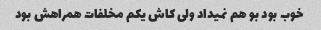
خوب بود بو هم نمیداد ولی کاش یکم مخلفات همراهش بود